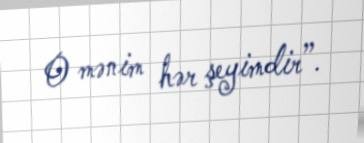
O mənim hər şeyimdir”.